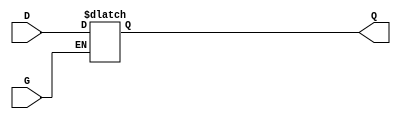
module gated_latch (
    input wire D,      // Data Input
    input wire G,      // Enable Signal
    output reg Q       // Output
);

// Always block that triggers on changes to D or G
always @(*) begin
    if (G) begin
        // When G is HIGH, Q follows D
        Q = D;
    end
    // When G is LOW, Q retains its previous value
end

endmodule